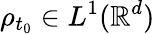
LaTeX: \rho_{t_{0}}\in L^{1}(\mathbb{R}^{d})